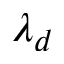
\lambda _ { d }